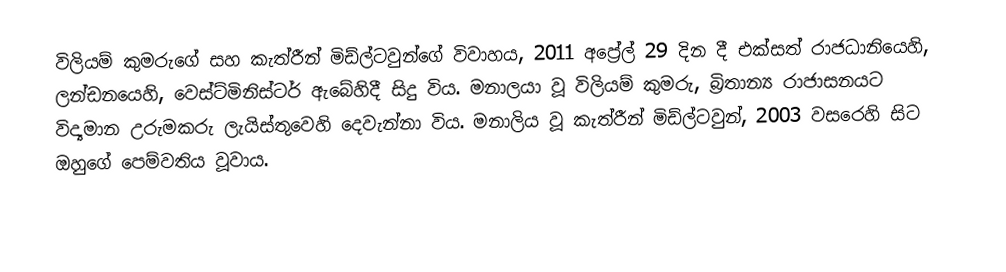
විලියම් කුමරුගේ සහ කැත්රීන් මිඩ්ල්ටවුන්ගේ විවාහය, 2011 අප්‍රේල් 29 දින දී  එක්සත් රාජධානියෙහි,  ලන්ඩනයෙහි, වෙස්ට්මිනිස්ටර් ඇබේහිදී  සිදු විය. මනාලයා වූ විලියම් කුමරු,  බ්‍රිතාන්‍ය රාජාසනයට විද්‍යමාන උරුමකරු ලැයිස්තුවෙහි දෙවැන්නා විය. මනාලිය වූ කැත්රීන් මිඩ්ල්ටවුන්, 2003 වසරෙහි සිට ඔහුගේ පෙම්වතිය වූවාය.